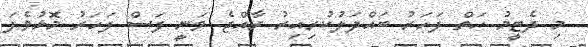
މި ދެޓީމު ހަތް ފަހަރު ބައްދަލުކުރިއިރު ރާއްޖެ ވަނީ ފަސް ފަހަރު މޮޅުވެފަ